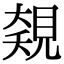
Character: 𧡅